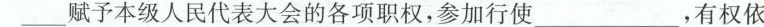
__赋予本级人民代表大会的各项职权，参加行使___，有权依